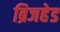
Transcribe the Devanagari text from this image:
ब्रिजहेड